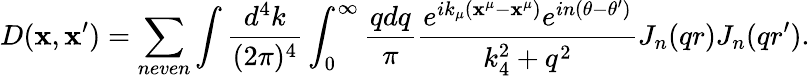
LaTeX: D(\mathbf{x},\mathbf{x}^{\prime})=\sum_{neven}\int{\frac{{d^{4}k}}{{(2\pi)^{4}}}}\int_{0}^{\infty}{\frac{{qdq}}{{\pi}}}{\frac{{e^{ik_{\mu}(\mathbf{x}^{\mu}-\mathbf{x}^{\mu})}e^{in(\theta-\theta^{\prime})}}}{{k_{4}^{2}+q^{2}}}}J_{n}(qr)J_{n}(qr^{\prime}).